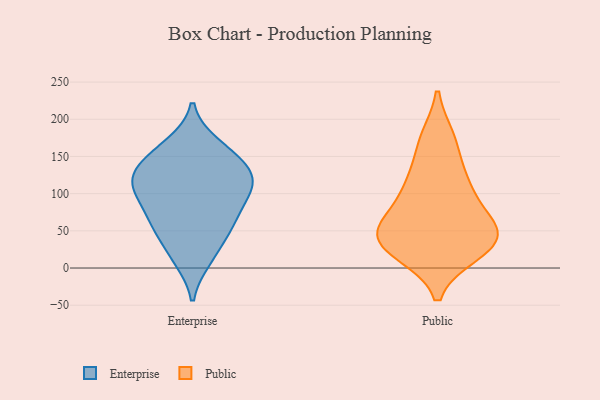
{"axis": {"x": "Shipments", "y": "Value"}, "legend": ["Enterprise", "Public"], "data": [{"x": "", "y": 146, "type": "Enterprise"}, {"x": "", "y": 54, "type": "Enterprise"}, {"x": "", "y": 165, "type": "Enterprise"}, {"x": "", "y": 139, "type": "Enterprise"}, {"x": "", "y": 103, "type": "Enterprise"}, {"x": "", "y": 158, "type": "Enterprise"}, {"x": "", "y": 124, "type": "Enterprise"}, {"x": "", "y": 112, "type": "Enterprise"}, {"x": "", "y": 63, "type": "Enterprise"}, {"x": "", "y": 61, "type": "Enterprise"}, {"x": "", "y": 19, "type": "Enterprise"}, {"x": "", "y": 104, "type": "Enterprise"}, {"x": "", "y": 109, "type": "Enterprise"}, {"x": "", "y": 69, "type": "Enterprise"}, {"x": "", "y": 13, "type": "Enterprise"}, {"x": "", "y": 119, "type": "Enterprise"}, {"x": "", "y": 29, "type": "Public"}, {"x": "", "y": 40, "type": "Public"}, {"x": "", "y": 47, "type": "Public"}, {"x": "", "y": 169, "type": "Public"}, {"x": "", "y": 36, "type": "Public"}, {"x": "", "y": 173, "type": "Public"}, {"x": "", "y": 24, "type": "Public"}, {"x": "", "y": 111, "type": "Public"}, {"x": "", "y": 58, "type": "Public"}, {"x": "", "y": 21, "type": "Public"}, {"x": "", "y": 58, "type": "Public"}, {"x": "", "y": 110, "type": "Public"}, {"x": "", "y": 115, "type": "Public"}, {"x": "", "y": 70, "type": "Public"}]}